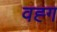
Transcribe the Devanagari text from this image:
वह्ग